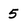
Character: 5